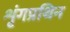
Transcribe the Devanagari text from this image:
शृंगप्रथिन